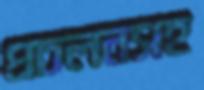
প্রচলনসহ